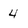
Character: 4